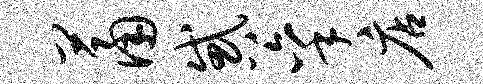
萧惑秉店